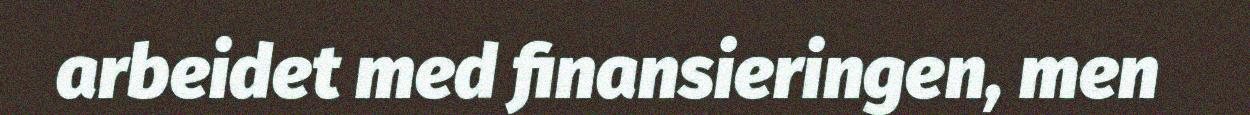
arbeidet med finansieringen, men